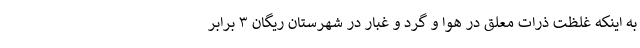
به اینکه غلظت ذرات معلق در هوا و گرد و غبار در شهرستان ریگان ۳ برابر